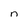
Character: n